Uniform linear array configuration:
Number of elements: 64
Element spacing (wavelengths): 1
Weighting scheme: binomial
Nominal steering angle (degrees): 30
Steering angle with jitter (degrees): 30.697
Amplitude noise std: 0.05
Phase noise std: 0.05

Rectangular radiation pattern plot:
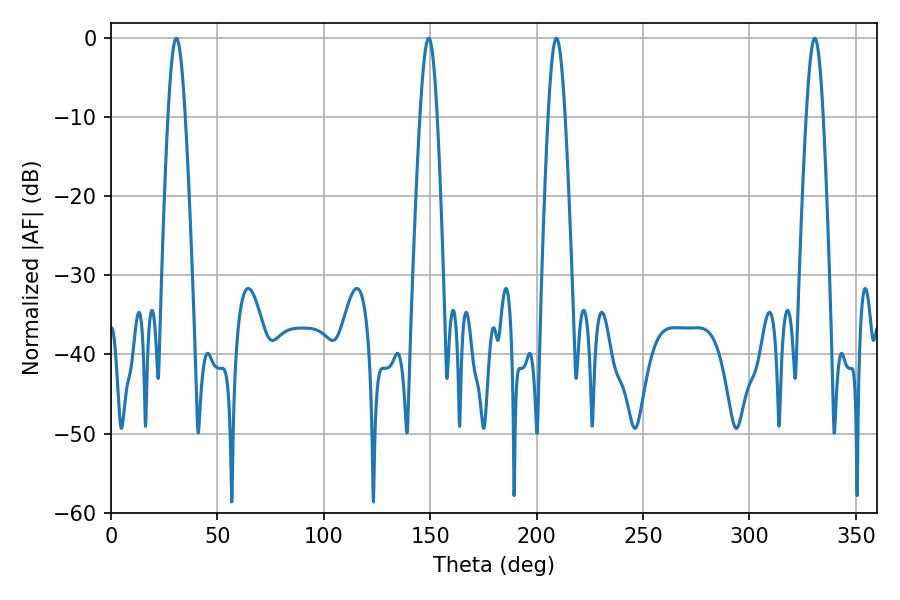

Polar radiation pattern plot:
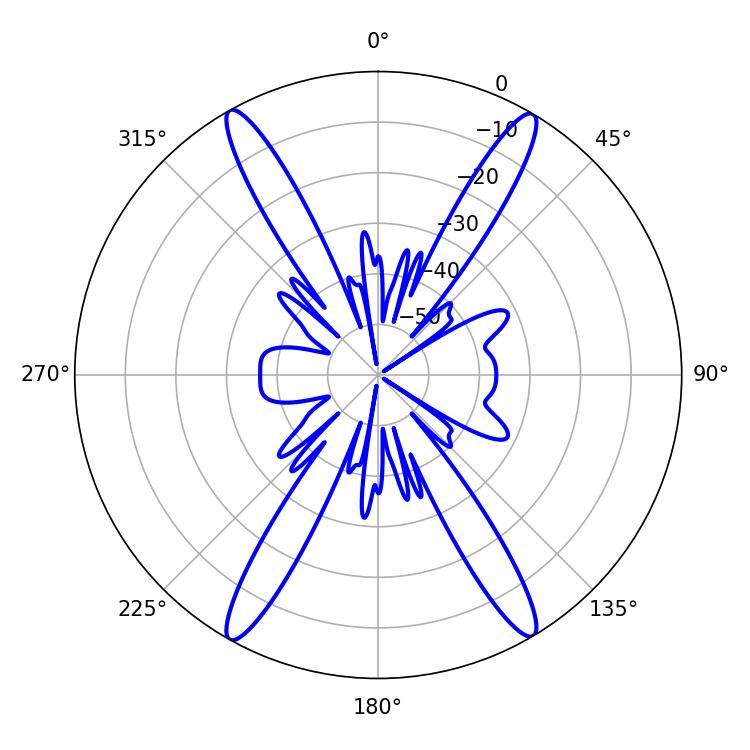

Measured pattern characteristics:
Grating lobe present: TRUE
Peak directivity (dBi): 26.103
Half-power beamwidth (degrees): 4.32
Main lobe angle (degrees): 209.34